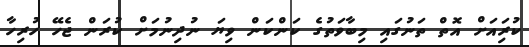
ކުރިައަށް އޮތް ތަނުގައި މިބާވަތުގެ ކަންކަން ވިޔަ ނުދިނުމަށް ކުރަން ޖެހޭ ހުރިހާ